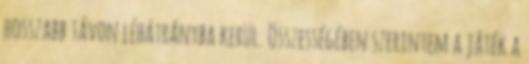
hosszabb távon léhátrányba kerül. Összességében szerintem a játék a